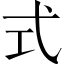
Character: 式